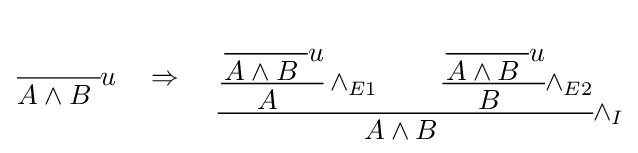
{\cfrac {}{A\wedge B\ }}u\quad \Rightarrow \quad {\begin{aligned}{\cfrac {{\cfrac {{\cfrac {}{A\wedge B\ }}u}{A\ }}\wedge _{E1}\qquad {\cfrac {{\cfrac {}{A\wedge B\ }}u}{B\ }}\wedge _{E2}}{A\wedge B\ }}\wedge _{I}\end{aligned}}